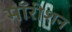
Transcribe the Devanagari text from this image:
मॉरीशन